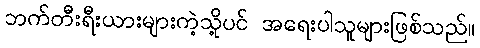
ဘက်တီးရီးယားများကဲ့သို့ပင် အရေးပါသူများဖြစ်သည်။